Vaccination United Provinces of Agra and Oudh 1902-1913 - 1902-1913
Year: 1902
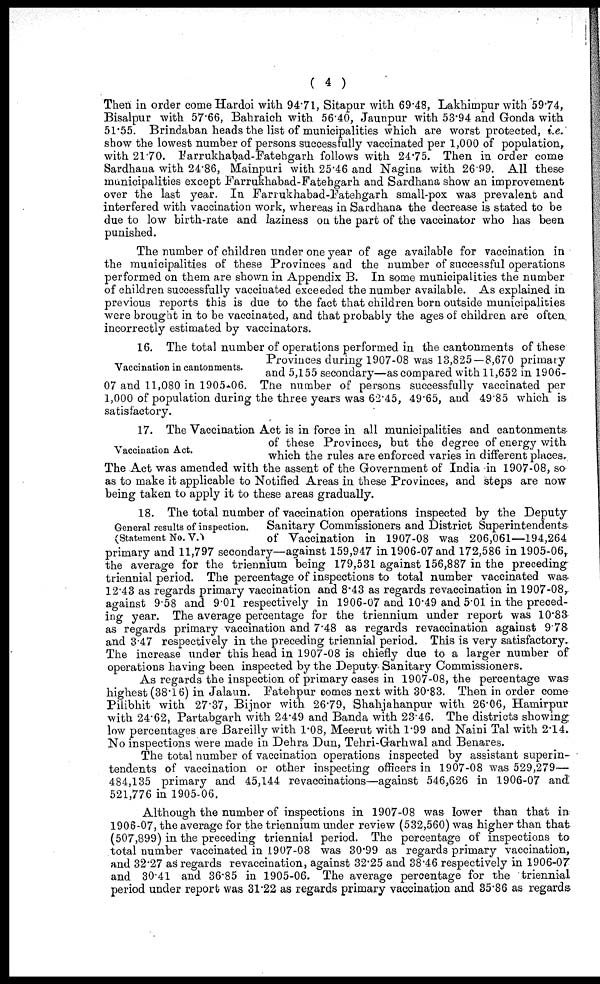
( 4 )
Then in order come Hardoi with 94.71, Sitapur with 69.48, Lakhimpur with 59.74,
Bisalpur with 57.66, Bahraich with 56.40, Jaunpur with 53.94 and Gonda with
51.55. Brindaban heads the list of municipalities which are worst protected, i.e.
show the lowest number of persons successfully vaccinated per 1,000 of population,
with 21.70. Farrukhabad-Fatehgarh follows with 24.75. Then in order come
Sardhana with 24.86, Mainpuri with 25.46 and Nagina with 26.99. All these
municipalities except Farrukhabad-Fatehgarh and Sardhana show an improvement
over the last year. In Farrukhabad-Fatehgarh small-pox was prevalent and
interfered with vaccination work, whereas in Sardhana the decrease is stated to be
due to low birth-rate and laziness on the part of the vaccinator who has been
punished.
The number of children under one year of age available for vaccination in
the municipalities of these Provinces and the number of successful operations
performed on them are shown in Appendix B. In some municipalities the number
of children successfully vaccinated exceeded the number available. As explained in
previous reports this is due to the fact that children born outside municipalities
were brought in to be vaccinated, and that probably the ages of children are often
incorrectly estimated by vaccinators.
Vaccination in cantonments.
16. The total number of operations performed in the cantonments of these
Provinces during 1907-08 was 13,825—8,670 primary
and 5,155 secondary—as compared with 11,652 in 1906-
07 and 11,080 in 1905-06. The number of persons successfully vaccinated per
1,000 of population during the three years was 62.45, 49.65, and 49.85 which is
satisfactory.
Vaccination Act.
17. The Vaccination Act is in force in all municipalities and cantonments
of these Provinces, but the degree of energy with
which the rules are enforced varies in different places.
The Act was amended with the assent of the Government of India in 1907-08, so
as to make it applicable to Notified Areas in these Provinces, and steps are now
being taken to apply it to these areas gradually.
General results of inspection.
(Statement No. V.)
18. The total number of vaccination operations inspected by the Deputy
Sanitary Commissioners and District Superintendents
of Vaccination in 1907-08 was 206,061—194,264
primary and 11,797 secondary—against 159,947 in 1906-07 and 172,586 in 1905-06,
the average for the triennium being 179,531 against 156,887 in the preceding
triennial period. The percentage of inspections to total number vaccinated was
12.43 as regards primary vaccination and 8.43 as regards revaccination in 1907-08,
against 9.58 and 9.01 respectively in 1906-07 and 10.49 and 5.01 in the preced-
ing year. The average percentage for the triennium under report was 10.83
as regards primary vaccination and 7.48 as regards revaccination against 9.78
and 3.47 respectively in the preceding triennial period. This is very satisfactory.
The increase under this head in 1907-08 is chiefly due to a larger number of
operations having been inspected by the Deputy. Sanitary Commissioners.
As regards the inspection of primary cases in 1907-08, the percentage was
highest (38.16) in Jalaun. Fatehpur comes next with 30.83. Then in order come
Pilibhit with 27.37, Bijnor with 26.79, Shahjahanpur with 26.06, Hamirpur
with 24.62, Partabgarh with 24.49 and Banda with 23.46. The districts showing
low percentages are Bareilly with 1.08, Meerut with 1.99 and Naini Tal with 2.14.
No inspections were made in Dehra Dun, Tehri-Garhwal and Benares.
The total number of vaccination operations inspected by assistant superin-
tendents of vaccination or other inspecting officers in 1907-08 was 529,279—
484,135 primary and 45,144 re vaccinations—against 546,626 in 1906-07 and
521,776 in 1905-06.
Although the number of inspections in 1907-08 was lower than that in
1906-07, the average for the triennium under review (532, 560) was higher than that
(507,899) in the preceding triennial period. The percentage of inspections to
total number vaccinated in 1907-08 was 30.99 as regards primary vaccination,
and 32.27 as regards revaccination, against 32.25 and 38.46 respectively in 1906-07
and 30.41 and 36.85 in 1905-06. The average percentage for the triennial
period under report was 31.22 as regards primary vaccination and 35.86 as regards